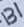
Text: B1